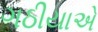
ગઠીયાએ